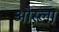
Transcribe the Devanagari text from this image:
ओस्ला